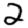
Digit: 2